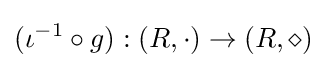
(\iota ^{-1}\circ g):(R,\cdot )\to (R,\diamond )